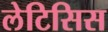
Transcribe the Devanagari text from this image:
लेटिसिस